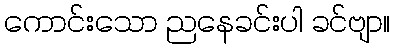
ကောင်းသော ညနေခင်းပါ ခင်ဗျာ။